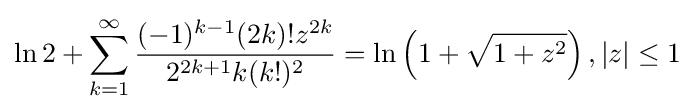
\ln 2+\sum _{k=1}^{\infty }{\frac {(-1)^{k-1}(2k)!z^{2k}}{2^{2k+1}k(k!)^{2}}}=\ln \left(1+{\sqrt {1+z^{2}}}\right),|z|\leq 1